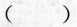
()